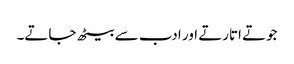
جوتے اتارتے اور ادب سے بیٹھ جاتے۔